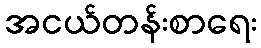
အငယ်တန်းစာရေး